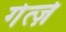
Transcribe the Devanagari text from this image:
गेर्त्ज़